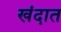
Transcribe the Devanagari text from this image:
खंदात